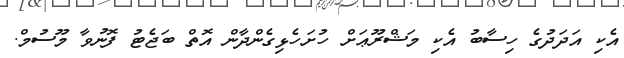
އެކި އަދަދުގެ ހިސާބު އެކި މަޝްރޫޢަށް ހުށަހެޅިގެންދާން އޮތް ބަޖެޓު ފޮނުވާ މޫސުމް.